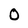
Character: O